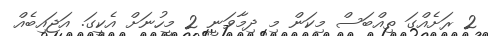
2 ރަށެއްގަ ތިއްބަސް މިކަން މި ދިމާވަނީ 2 މީހުނަށް އެކީގަ. އަޖައިބެއް